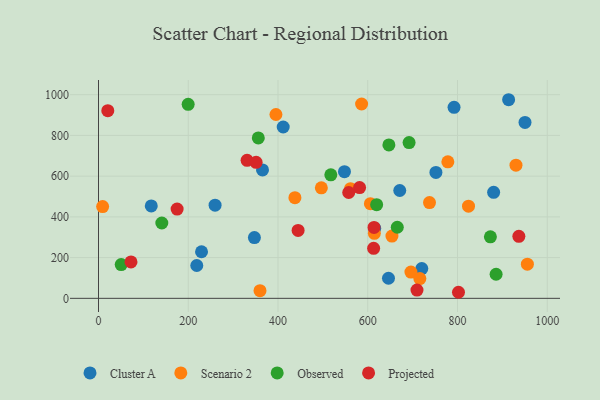
{"axis": {"x": "Investment", "y": "Fuel Efficiency"}, "legend": ["Cluster A", "Observed", "Projected", "Scenario 2"], "data": [{"x": "880.5", "y": 520.4, "type": "Cluster A"}, {"x": "646.2", "y": 98.6, "type": "Cluster A"}, {"x": "671.3", "y": 529.5, "type": "Cluster A"}, {"x": "219.0", "y": 161.2, "type": "Cluster A"}, {"x": "950.4", "y": 864.0, "type": "Cluster A"}, {"x": "792.3", "y": 938.0, "type": "Cluster A"}, {"x": "913.9", "y": 975.3, "type": "Cluster A"}, {"x": "347.4", "y": 298.6, "type": "Cluster A"}, {"x": "117.6", "y": 453.8, "type": "Cluster A"}, {"x": "720.4", "y": 146.0, "type": "Cluster A"}, {"x": "751.9", "y": 618.2, "type": "Cluster A"}, {"x": "259.8", "y": 457.7, "type": "Cluster A"}, {"x": "365.5", "y": 630.6, "type": "Cluster A"}, {"x": "411.6", "y": 841.4, "type": "Cluster A"}, {"x": "615.5", "y": 344.3, "type": "Cluster A"}, {"x": "229.6", "y": 228.8, "type": "Cluster A"}, {"x": "548.1", "y": 622.0, "type": "Cluster A"}, {"x": "496.6", "y": 542.6, "type": "Scenario 2"}, {"x": "561.6", "y": 538.3, "type": "Scenario 2"}, {"x": "696.2", "y": 129.2, "type": "Scenario 2"}, {"x": "653.9", "y": 305.9, "type": "Scenario 2"}, {"x": "778.5", "y": 670.6, "type": "Scenario 2"}, {"x": "955.7", "y": 167.7, "type": "Scenario 2"}, {"x": "824.5", "y": 452.7, "type": "Scenario 2"}, {"x": "586.3", "y": 954.4, "type": "Scenario 2"}, {"x": "9.2", "y": 450.4, "type": "Scenario 2"}, {"x": "395.4", "y": 902.7, "type": "Scenario 2"}, {"x": "437.7", "y": 494.3, "type": "Scenario 2"}, {"x": "359.9", "y": 37.7, "type": "Scenario 2"}, {"x": "614.7", "y": 319.5, "type": "Scenario 2"}, {"x": "737.6", "y": 470.4, "type": "Scenario 2"}, {"x": "930.3", "y": 654.0, "type": "Scenario 2"}, {"x": "716.1", "y": 97.2, "type": "Scenario 2"}, {"x": "605.9", "y": 464.9, "type": "Scenario 2"}, {"x": "873.3", "y": 301.9, "type": "Observed"}, {"x": "665.8", "y": 349.0, "type": "Observed"}, {"x": "356.1", "y": 787.9, "type": "Observed"}, {"x": "886.0", "y": 118.4, "type": "Observed"}, {"x": "647.1", "y": 753.2, "type": "Observed"}, {"x": "199.8", "y": 952.7, "type": "Observed"}, {"x": "141.1", "y": 370.0, "type": "Observed"}, {"x": "517.7", "y": 606.3, "type": "Observed"}, {"x": "619.8", "y": 460.0, "type": "Observed"}, {"x": "50.6", "y": 165.6, "type": "Observed"}, {"x": "692.1", "y": 765.1, "type": "Observed"}, {"x": "20.7", "y": 921.3, "type": "Projected"}, {"x": "802.2", "y": 29.8, "type": "Projected"}, {"x": "581.8", "y": 543.9, "type": "Projected"}, {"x": "331.1", "y": 677.6, "type": "Projected"}, {"x": "613.1", "y": 245.4, "type": "Projected"}, {"x": "614.0", "y": 348.3, "type": "Projected"}, {"x": "557.6", "y": 519.8, "type": "Projected"}, {"x": "175.2", "y": 438.3, "type": "Projected"}, {"x": "351.2", "y": 668.0, "type": "Projected"}, {"x": "72.4", "y": 178.9, "type": "Projected"}, {"x": "444.8", "y": 333.3, "type": "Projected"}, {"x": "709.7", "y": 40.4, "type": "Projected"}, {"x": "936.7", "y": 304.4, "type": "Projected"}]}